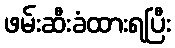
ဖမ်းဆီးခံထားရပြီး